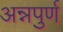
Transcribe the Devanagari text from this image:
अन्नपुर्ण